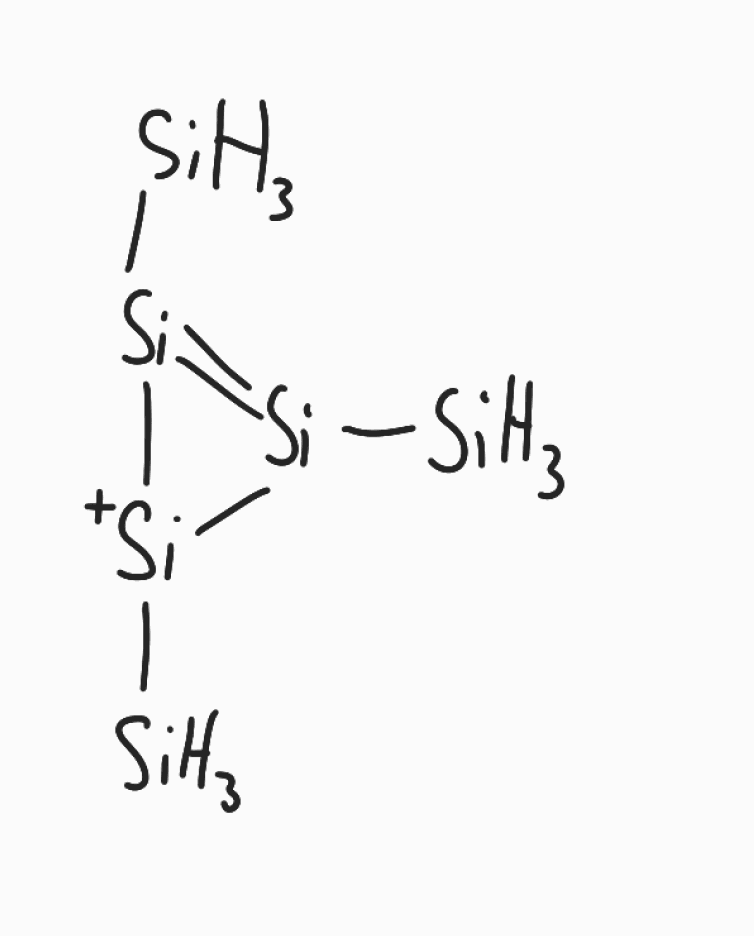
Simplified molecular-input line-entry system (SMILES) notation of the given molecule:
[SiH3][Si]1=[Si]([Si+]1[SiH3])[SiH3]